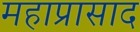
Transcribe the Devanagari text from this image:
महाप्रासाद